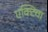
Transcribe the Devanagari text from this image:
एक्टिवा